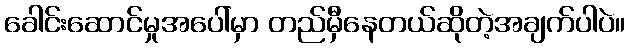
ခေါင်းဆောင်မှုအပေါ်မှာ တည်မှီနေတယ်ဆိုတဲ့အချက်ပါပဲ။